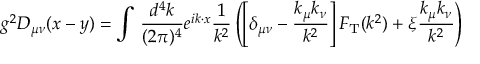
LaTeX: g ^ { 2 } D _ { \mu \nu } ( x - y ) = \int \, \frac { d ^ { 4 } k } { ( 2 \pi ) ^ { 4 } } e ^ { i k \cdot x } \frac { 1 } { k ^ { 2 } } \left( \left[ \delta _ { \mu \nu } - \frac { k _ { \mu } k _ { \nu } } { k ^ { 2 } } \right] F _ { \mathrm { T } } ( k ^ { 2 } ) + \xi \frac { k _ { \mu } k _ { \nu } } { k ^ { 2 } } \right)